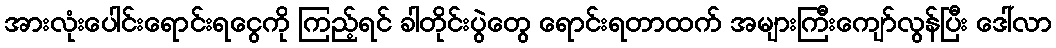
အားလုံးပေါင်းရောင်းရငွေကို ကြည့်ရင် ခါတိုင်းပွဲတွေ ရောင်းရတာထက် အများကြီးကျော်လွန်ပြီး ဒေါ်လာ